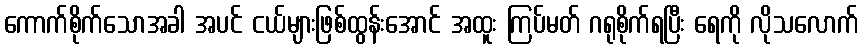
ကောက်စိုက်သောအခါ အပင် ငယ်များဖြစ်ထွန်းအောင် အထူး ကြပ်မတ် ဂရုစိုက်ရပြီး ရေကို လိုသလောက်